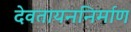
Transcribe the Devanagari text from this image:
देवतायननिर्माण